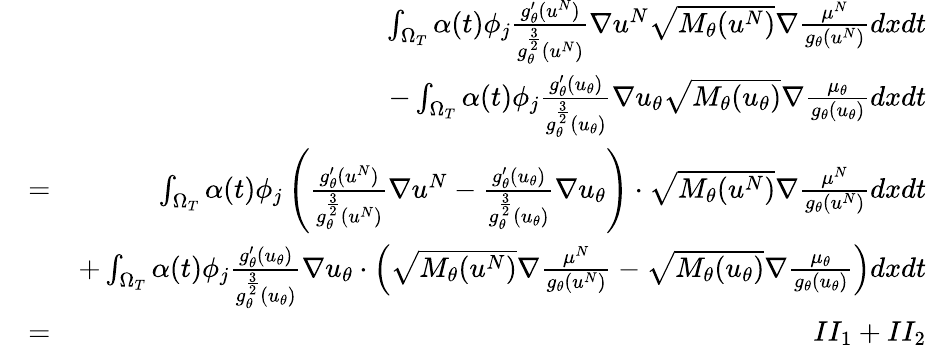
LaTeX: \begin{array}{rlr}&{}&{\int_{\Omega_{T}}\alpha(t)\phi_{j}\frac{g_{\theta}^{\prime}(u^{N})}{g_{\theta}^{\frac{3}{2}}(u^{N})}\nabla u^{N}\sqrt{M_{\theta}(u^{N})}\nabla\frac{\mu^{N}}{g_{\theta}(u^{N})}dxdt}\\ &{}&{-\int_{\Omega_{T}}\alpha(t)\phi_{j}\frac{g_{\theta}^{\prime}(u_{\theta})}{g_{\theta}^{\frac{3}{2}}(u_{\theta})}\nabla u_{\theta}\sqrt{M_{\theta}(u_{\theta})}\nabla\frac{\mu_{\theta}}{g_{\theta}(u_{\theta})}dxdt}\\ &{=}&{\int_{\Omega_{T}}\alpha(t)\phi_{j}\left(\frac{g_{\theta}^{\prime}(u^{N})}{g_{\theta}^{\frac{3}{2}}(u^{N})}\nabla u^{N}-\frac{g_{\theta}^{\prime}(u_{\theta})}{g_{\theta}^{\frac{3}{2}}(u_{\theta})}\nabla u_{\theta}\right)\cdot\sqrt{M_{\theta}(u^{N})}\nabla\frac{\mu^{N}}{g_{\theta}(u^{N})}dxdt}\\ &{}&{+\int_{\Omega_{T}}\alpha(t)\phi_{j}\frac{g_{\theta}^{\prime}(u_{\theta})}{g_{\theta}^{\frac{3}{2}}(u_{\theta})}\nabla u_{\theta}\cdot\left(\sqrt{M_{\theta}(u^{N})}\nabla\frac{\mu^{N}}{g_{\theta}(u^{N})}-\sqrt{M_{\theta}(u_{\theta})}\nabla\frac{\mu_{\theta}}{g_{\theta}(u_{\theta})}\right)dxdt}\\ &{=}&{II_{1}+II_{2}}\end{array}